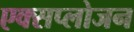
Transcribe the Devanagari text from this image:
एक्सप्लोजन